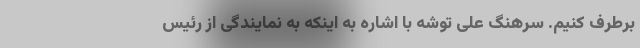
برطرف کنیم. سرهنگ علی توشه با اشاره به اینکه به نمایندگی از رئیس